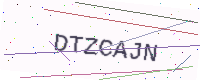
Text: DTZCAJN